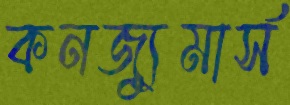
কনজ্যুমার্স